Source: Handwritten
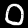
Digit: ၀ (0)